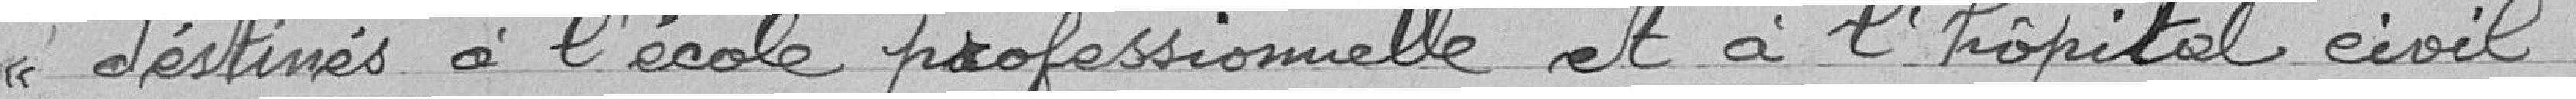
destinés à l'école professionnelle et à l'hôpital civil.